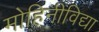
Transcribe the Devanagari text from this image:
मोहिनीविद्या